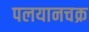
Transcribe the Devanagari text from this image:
पलयानचक्र